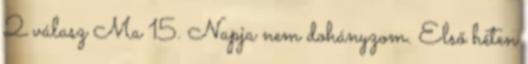
2 válasz Ma 15. Napja nem dohányzom. Első héten